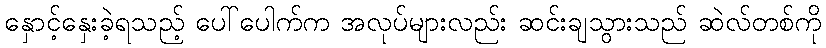
နှောင့်နှေးခဲ့ရသည့် ပေါ်ပေါက်က အလုပ်များလည်း ဆင်းချသွားသည် ဆဲလ်တစ်ကို